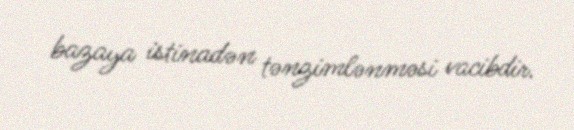
bazaya istinadən tənzimlənməsi vacibdir.